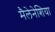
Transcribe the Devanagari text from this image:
मैलेनेशिया